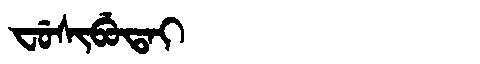
Manchu: ᠸᡠᠰᡳᠪᡠᡨᠠᡳ
Romanization: FUSIBUTAI